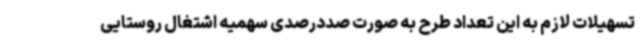
تسهیلات لازم به این تعداد طرح به صورت صددرصدی سهمیه اشتغال روستایی